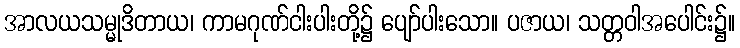
အာလယသမ္မုဒိတာယ၊ ကာမဂုဏ်ငါးပါးတို့၌ ပျော်ပါးသော။ ပဇာယ၊ သတ္တဝါအပေါင်း၌။